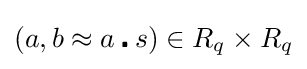
(a,b\approx a\centerdot s)\in R_{q}\times R_{q}